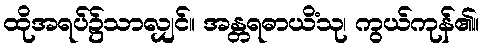
ထိုအရပ်၌သာလျှင်။ အန္တရဓာယိံသု၊ ကွယ်ကုန်၏။